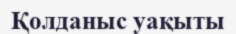
Қолданыс уақыты